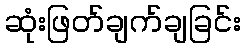
ဆုံးဖြတ်ချက်ချခြင်း